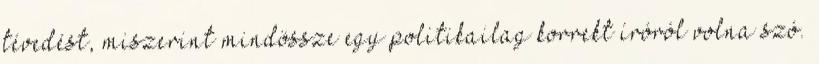
tévedést, miszerint mindössze egy politikailag korrekt íróról volna szó.